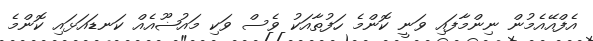
އެފްއޭއެމުން ނިންމާފައި ވަނީ ކޮންމެ ހަފުތާއަކު ވެސް ވަކި މައުޟޫއެއް ކަނޑައަޅައި ކޮންމެ